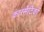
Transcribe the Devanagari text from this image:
कास्मेटिकों